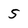
Character: 5